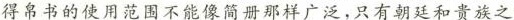
得帛书的使用范围不能像简册那样广泛，只有朝廷和贵族之